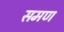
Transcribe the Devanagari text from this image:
समण